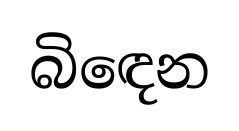
බිඳෙන